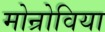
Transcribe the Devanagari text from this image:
मोन्रोविया